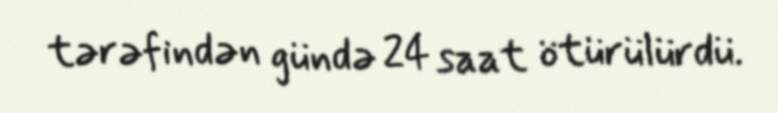
tərəfindən gündə 24 saat ötürülürdü.